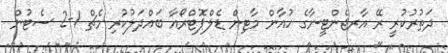
ދަތުރުކުރީ ރޭ އާރޖެންޓީނާގެ ހުއާން މާޓިން ޑެލްޕޮޓްރޯއާ ބައްދަލުކުރި މެޗް 1-2 ސެޓުން